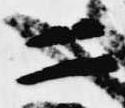
二